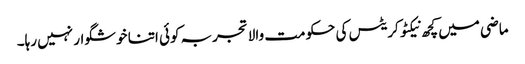
ماضی میں کچھ نیکٹوکریٹس کی حکومت والا تجربہ کوئی اتنا خوشگوار نہیں رہا۔